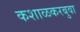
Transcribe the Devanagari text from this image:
कशाळकरबुवा